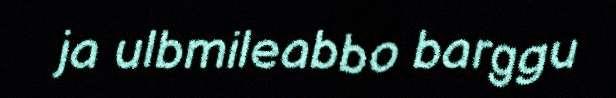
ja ulbmileabbo barggu